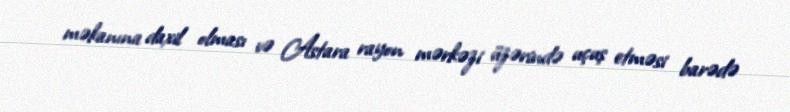
məkanına daxil olması və Astara rayon mərkəzi üzərində uçuş etməsi barədə